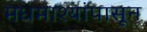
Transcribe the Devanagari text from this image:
मधमाश्यांपासून